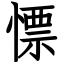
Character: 慓